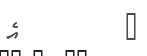
٧         އެ